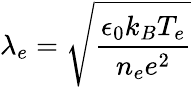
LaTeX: \lambda_{e}=\sqrt{\frac{\epsilon_{0}k_{B}T_{e}}{n_{e}e^{2}}}